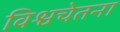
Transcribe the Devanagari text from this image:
विश्वचेतना